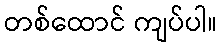
တစ်ထောင် ကျပ်ပါ။